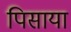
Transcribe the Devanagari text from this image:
पिसाया